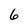
Character: 6